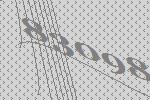
83098